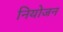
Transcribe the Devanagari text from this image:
नियोजन